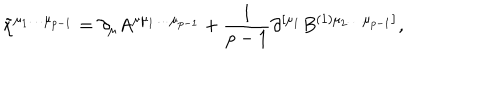
LaTeX: \tilde { \chi } ^ { \mu _ { 1 } \ldots \mu _ { p - 1 } } = \partial _ { \mu } A ^ { \mu \mu _ { 1 } \ldots \mu _ { p - 1 } } + \frac 1 { p - 1 } \partial ^ { \left[ \mu _ { 1 } \right. } B ^ { ( 1 ) \left. \mu _ { 2 } \ldots \mu _ { p - 1 } \right] } ,